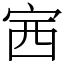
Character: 𡧳